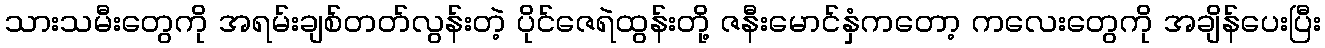
သားသမီးတွေကို အရမ်းချစ်တတ်လွန်းတဲ့ ပိုင်ဇေရဲထွန်းတို့ ဇနီးမောင်နှံကတော့ ကလေးတွေကို အချိန်ပေးပြီး